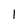
Character: 1